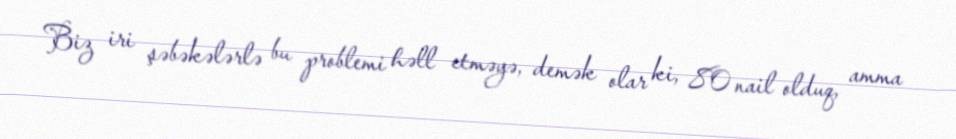
Biz iri şəbəkələrlə bu problemi həll etməyə, demək olar ki, 80 nail olduq, amma